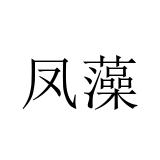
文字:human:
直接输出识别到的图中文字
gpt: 凤藻